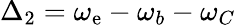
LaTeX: \Delta_{2}=\omega_{\mathrm{e}}-\omega_{b}-\omega_{C}